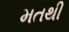
મતથી